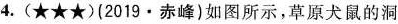
4.(★★★)(2019·赤峰)如图所示，草原犬鼠的洞